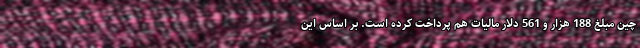
چین مبلغ 188 هزار و 561 دلار مالیات هم پرداخت کرده است. بر اساس این